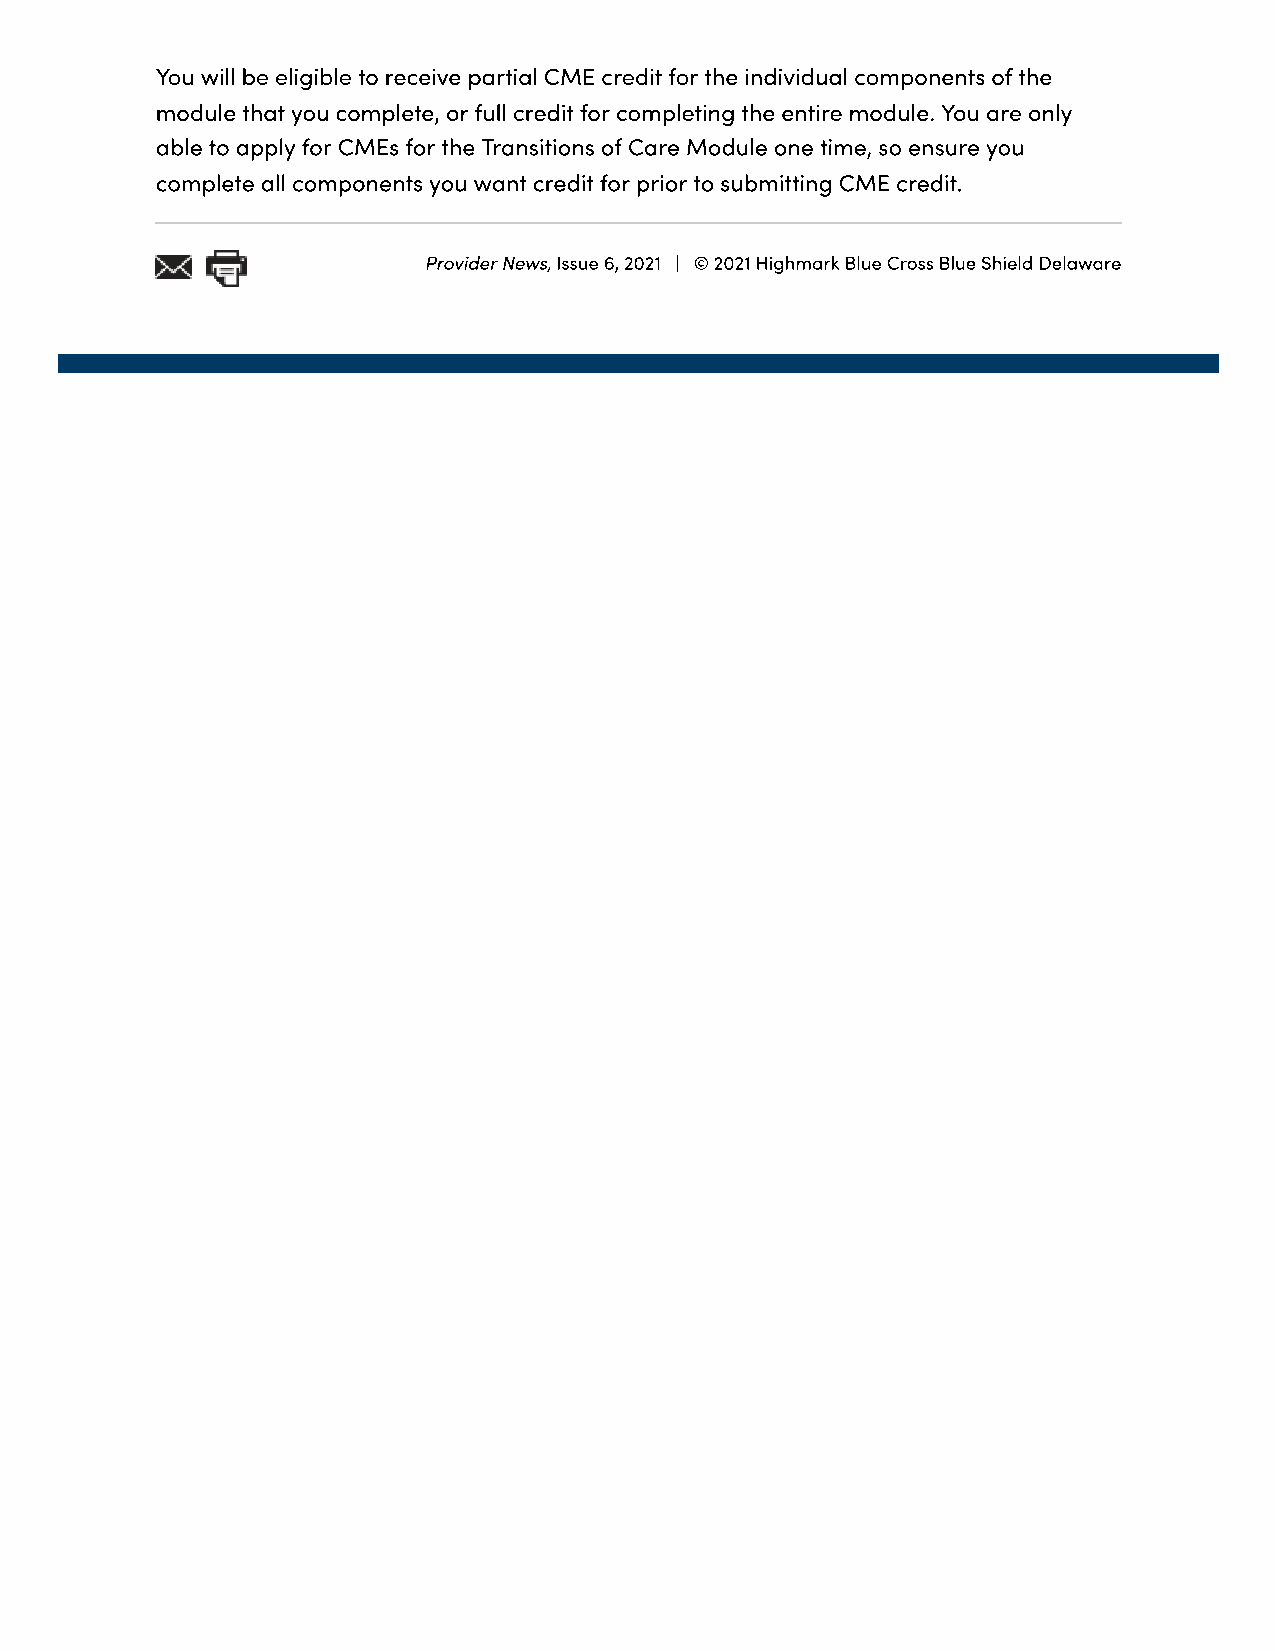
You will be eligible to receive partial CME credit for the individual components of the
 module that you complete, or full credit for completing the entire module. You are only
 able to apply for CMEs for the Transitions of Care Module one time, so ensure you
 complete all components you want credit for prior to submitting CME credit.
 Provider News, Issue 6, 2021 | © 2021 Highmark Blue Cross Blue Shield Delaware